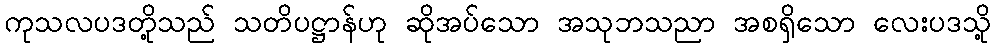
ကုသလပဒတို့သည် သတိပဋ္ဌာန်ဟု ဆိုအပ်သော အသုဘသညာ အစရှိသော လေးပဒသို့